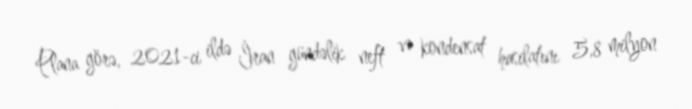
Plana görə, 2021-ci ildə İran gündəlik neft və kondensat hasilatını 5,8 milyon